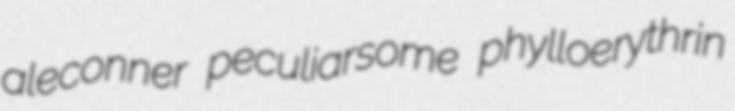
aleconner peculiarsome phylloerythrin